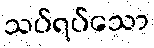
သပ်ရပ်သော